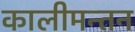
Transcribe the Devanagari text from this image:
कालीमन्तन